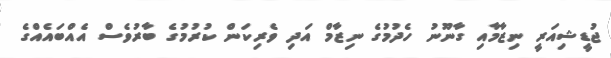
ޖުޑީޝިއަރީ ނިޒާމާއި ގާނޫނު ހެދުމުގެ ނިޒާމް އަދި ވެރިކަން ކުރުމުގެ ބާރުވެސް އެއްބައެއްގެ